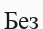
Без